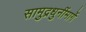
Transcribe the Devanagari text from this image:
सामुद्रधुनींमार्गे